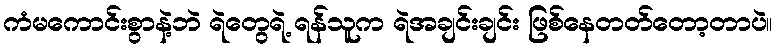
ကံမကောင်းစွာနဲ့ဘဲ ရဲတွေရဲ့ ရန်သူက ရဲအချင်းချင်း ဖြစ်နေတတ်တော့တာပဲ။